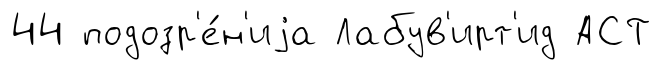
44 подозр'е́н'иjа Лабув'ирт'ид АСТ